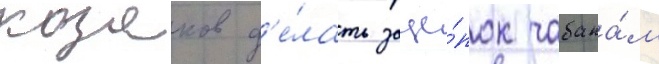
козаков д'е́лать заце́пок чабана́м